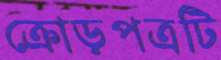
ক্রোড়পত্রটি